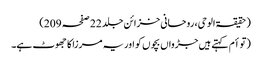
(حقیقۃ الوحی، روحانی خزائن جلد 22 صفحہ 209)
(توأم کہتے ہیں جڑواں بچوں کو اور یہ مرزا کا جھوٹ ہے۔